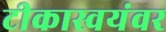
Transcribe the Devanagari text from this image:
टीकास्वयंवर